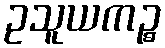
ဥသူယကဉ္စ